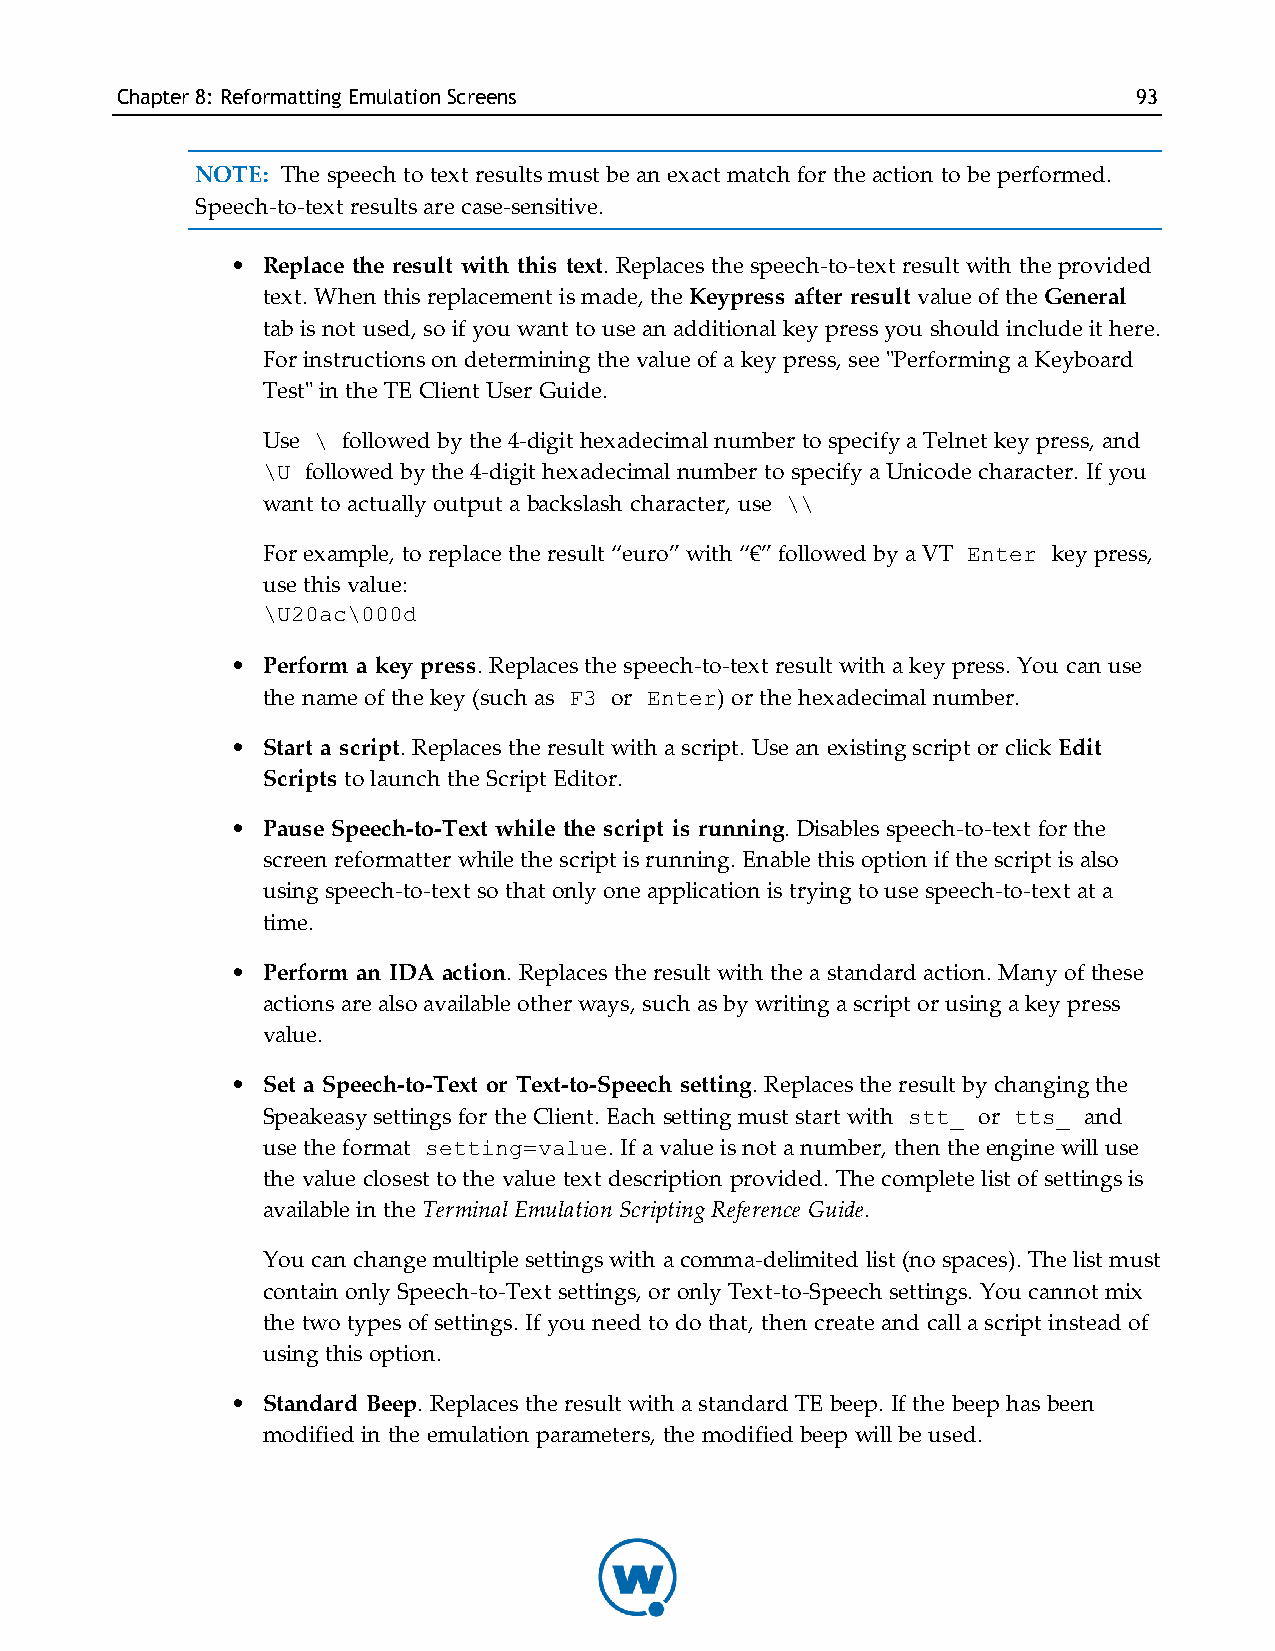
Chapter8: Reformatting EmulationScreens                            93
 NOTE: The speech to text results must be an exact match for the action to be performed.
 Speech-to-text results are case-sensitive.
 • Replace the result with this text. Replaces the speech-to-text result with the provided
 text. When this replacement is made, the Keypress after result value of the General
 tab is not used, so if you want to use an additional key press you should include it here.
 For instructions on determining the value of a key press, see "Performing a Keyboard
 Test" in the TE Client User Guide.
 Use \ followed by the 4-digit hexadecimal number to specify a Telnet key press, and
 \U followed by the 4-digit hexadecimal number to specify a Unicode character. If you
 want to actually output a backslash character, use \\
 For example, to replace the result “euro” with “€” followed by a VT Enter key press,
 use this value:
 \U20ac\000d
 • Perform a key press. Replaces the speech-to-text result with a key press. You can use
 the name of the key (such as F3 or Enter) or the hexadecimal number.
 • Start a script. Replaces the result with a script. Use an existing script or click Edit
 Scripts to launch the Script Editor.
 • Pause Speech-to-Text while the script is running. Disables speech-to-text for the
 screen reformatter while the script is running. Enable this option if the script is also
 using speech-to-text so that only one application is trying to use speech-to-text at a
 time.
 • Perform an IDA action. Replaces the result with the a standard action. Many of these
 actions are also available other ways, such as by writing a script or using a key press
 value.
 • Set a Speech-to-Text or Text-to-Speech setting. Replaces the result by changing the
 Speakeasy settings for the Client. Each setting must start with stt_ or tts_ and
 use the format setting=value. If a value is not a number, then the engine will use
 the value closest to the value text description provided. The complete list of settings is
 available in the Terminal Emulation Scripting Reference Guide.
 You can change multiple settings with a comma-delimited list (no spaces). The list must
 contain only Speech-to-Text settings, or only Text-to-Speech settings. You cannot mix
 the two types of settings. If you need to do that, then create and call a script instead of
 using this option.
 • Standard Beep. Replaces the result with a standard TE beep. If the beep has been
 modified in the emulation parameters, the modified beep will be used.